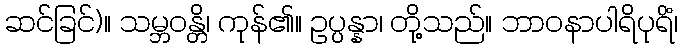
ဆင်ခြင်)။ သမ္ဘဝန္တိ၊ ကုန်၏။ ဥပ္ပန္နာ၊ တို့သည်။ ဘာဝနာပါရိပုရိံ၊